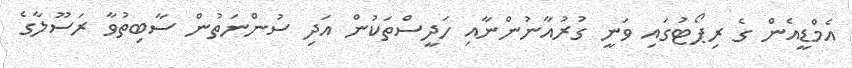
އެމްޑީއެން ގެ ރިޕޯޓުގައި ވަނީ ގުރުއާނުންނާއި ހަދީސްތަކުން އަދި ސުންނަތުން ސާބިތުވާ ރަސޫލާގެ